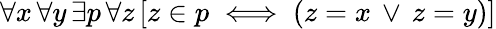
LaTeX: \forall x\, \forall y\, \exists p\, \forall z\, [z\in p\iff(z=x\, \lor\, z=y)]